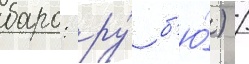
баро: ру́ б'ю́) /